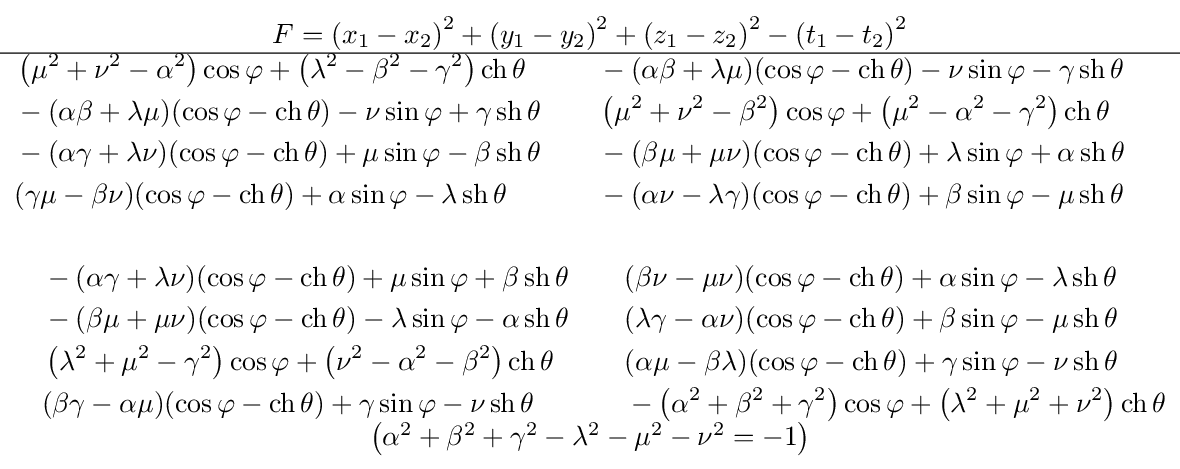
{\begin{matrix}F=\left(x_{1}-x_{2}\right)^{2}+\left(y_{1}-y_{2}\right)^{2}+\left(z_{1}-z_{2}\right)^{2}-\left(t_{1}-t_{2}\right)^{2}\\\hline {\scriptstyle {\begin{aligned}&\left(\mu ^{2}+\nu ^{2}-\alpha ^{2}\right)\cos \varphi +\left(\lambda ^{2}-\beta ^{2}-\gamma ^{2}\right)\operatorname {ch} {\theta }&&-(\alpha \beta +\lambda \mu )(\cos \varphi -\operatorname {ch} {\theta })-\nu \sin \varphi -\gamma \operatorname {sh} {\theta }\\&-(\alpha \beta +\lambda \mu )(\cos \varphi -\operatorname {ch} {\theta })-\nu \sin \varphi +\gamma \operatorname {sh} {\theta }&&\left(\mu ^{2}+\nu ^{2}-\beta ^{2}\right)\cos \varphi +\left(\mu ^{2}-\alpha ^{2}-\gamma ^{2}\right)\operatorname {ch} {\theta }\\&-(\alpha \gamma +\lambda \nu )(\cos \varphi -\operatorname {ch} {\theta })+\mu \sin \varphi -\beta \operatorname {sh} {\theta }&&-(\beta \mu +\mu \nu )(\cos \varphi -\operatorname {ch} {\theta })+\lambda \sin \varphi +\alpha \operatorname {sh} {\theta }\\&(\gamma \mu -\beta \nu )(\cos \varphi -\operatorname {ch} {\theta })+\alpha \sin \varphi -\lambda \operatorname {sh} {\theta }&&-(\alpha \nu -\lambda \gamma )(\cos \varphi -\operatorname {ch} {\theta })+\beta \sin \varphi -\mu \operatorname {sh} {\theta }\\\\&\quad -(\alpha \gamma +\lambda \nu )(\cos \varphi -\operatorname {ch} {\theta })+\mu \sin \varphi +\beta \operatorname {sh} {\theta }&&\quad (\beta \nu -\mu \nu )(\cos \varphi -\operatorname {ch} {\theta })+\alpha \sin \varphi -\lambda \operatorname {sh} {\theta }\\&\quad -(\beta \mu +\mu \nu )(\cos \varphi -\operatorname {ch} {\theta })-\lambda \sin \varphi -\alpha \operatorname {sh} {\theta }&&\quad (\lambda \gamma -\alpha \nu )(\cos \varphi -\operatorname {ch} {\theta })+\beta \sin \varphi -\mu \operatorname {sh} {\theta }\\&\quad \left(\lambda ^{2}+\mu ^{2}-\gamma ^{2}\right)\cos \varphi +\left(\nu ^{2}-\alpha ^{2}-\beta ^{2}\right)\operatorname {ch} {\theta }&&\quad (\alpha \mu -\beta \lambda )(\cos \varphi -\operatorname {ch} {\theta })+\gamma \sin \varphi -\nu \operatorname {sh} {\theta }\\&\quad (\beta \gamma -\alpha \mu )(\cos \varphi -\operatorname {ch} {\theta })+\gamma \sin \varphi -\nu \operatorname {sh} {\theta }&&\quad -\left(\alpha ^{2}+\beta ^{2}+\gamma ^{2}\right)\cos \varphi +\left(\lambda ^{2}+\mu ^{2}+\nu ^{2}\right)\operatorname {ch} {\theta }\end{aligned}}}\\\left(\alpha ^{2}+\beta ^{2}+\gamma ^{2}-\lambda ^{2}-\mu ^{2}-\nu ^{2}=-1\right)\end{matrix}}